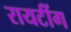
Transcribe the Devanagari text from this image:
रायटींग